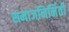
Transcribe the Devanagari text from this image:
समाजनिर्मिती